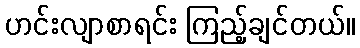
ဟင်းလျာစာရင်း ကြည့်ချင်တယ်။